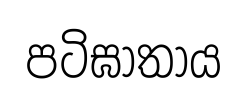
පටිඝාතාය